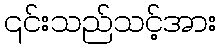
၎င်းသည်သင့်အား